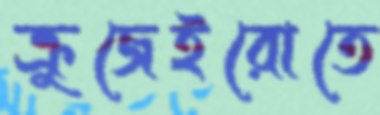
ক্রুজেইরোতে